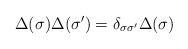
\begin{align*}\Delta (\sigma )\Delta (\sigma ^{\prime })=\delta _{\sigma \sigma ^{\prime}}\Delta (\sigma ) \end{align*}